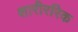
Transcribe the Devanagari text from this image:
शारीररिक